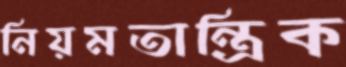
নিয়মতান্ত্রিক